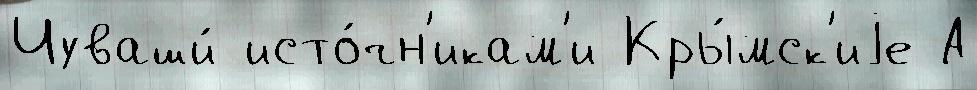
Чуваши́ исто́чн'икам'и Кры́мск'иjе А